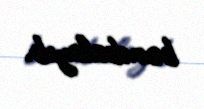
bombalayıb.